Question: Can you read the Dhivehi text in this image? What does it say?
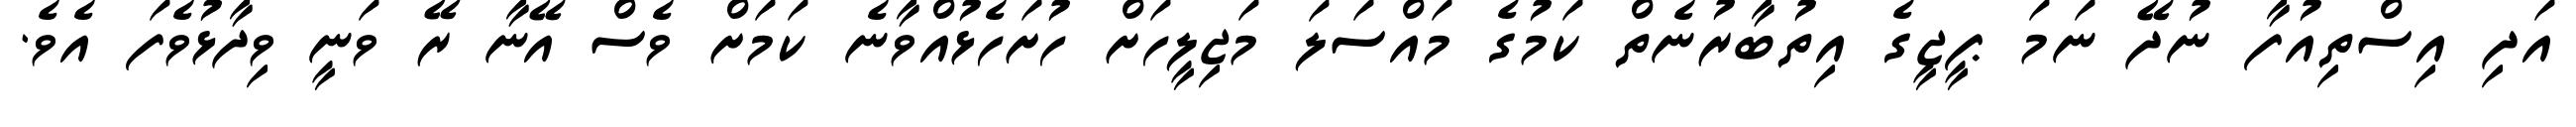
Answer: އަދި އިސްތިއުފާ ނުދޭ ނަމަ ޕީޖީގެ އިތުބާރުނެތް ކަމުގެ މައްސަލަ މަޖިލީހަށް ހުށަހެޅުއްވާނެ ކަމަށް ވެސް އޭނާ ރޭ ވަނީ ވިދާޅުވެފަ އެވެ.